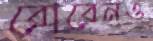
রোবেনও